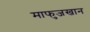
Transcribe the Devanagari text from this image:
माफुजखान